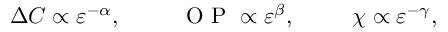
\begin{array} { r } { \Delta C \propto \varepsilon ^ { - \alpha } , \; \; \; \; \; \; \; \; \; \mathrm { ~ O ~ P ~ } \propto \varepsilon ^ { \beta } , \; \; \; \; \; \; \; \; \; \chi \propto \varepsilon ^ { - \gamma } , } \end{array}